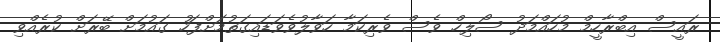
ރައީސް އިބްރާހީމް މުހައްމަދު ސޯލިހް ވެސް ވެރިކަމާ ހަވާލުވެވަޑައިގަތުމަށްފަހު ގައުމަށް ބޭރަށް ކުރެއްވި